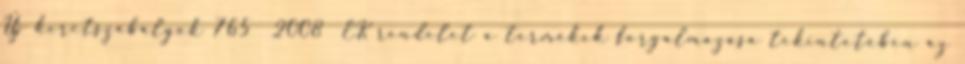
Új keretszabályok 765 2008 EK rendelet a termékek forgalmazása tekintetében az